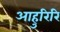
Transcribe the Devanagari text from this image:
आहुरिरि